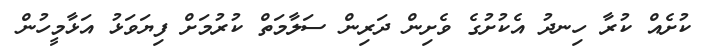
ކުށެއް ކުރާ ހިނދު އެކުށުގެ ވެށިން ދަރިން ސަލާމަތް ކުރުމަށް ފިޔަވަޅު އަޅާމީހުން